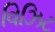
વિઝિટ